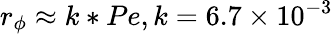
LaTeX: {r_{\phi}}\approx k*Pe,\mathrm{{}}k=6.7\times{10^{-3}}